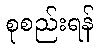
စုစည်းရန်